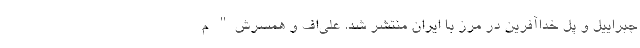
جبراییل و پل خداآفرین در مرز با ایران منتشر شد. علی‌اف و همسرش" م